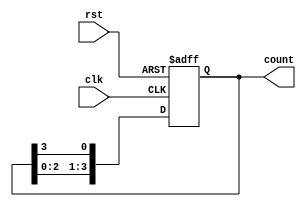
module binary_ring_counter #(
    parameter N = 4  // Number of flip-flops (states)
)(
    input wire clk,   // Clock input
    input wire rst,   // Asynchronous reset
    output reg [N-1:0] count  // Output state
);

// Always block triggered on the rising edge of the clock or asynchronous reset
always @(posedge clk or posedge rst) begin
    if (rst) begin
        // Reset the counter to the initial state
        count <= 1'b1;  // Start with the first flip-flop set to '1'
    end else begin
        // Shift the '1' to the next flip-flop
        count <= {count[N-2:0], count[N-1]};
    end
end

endmodule